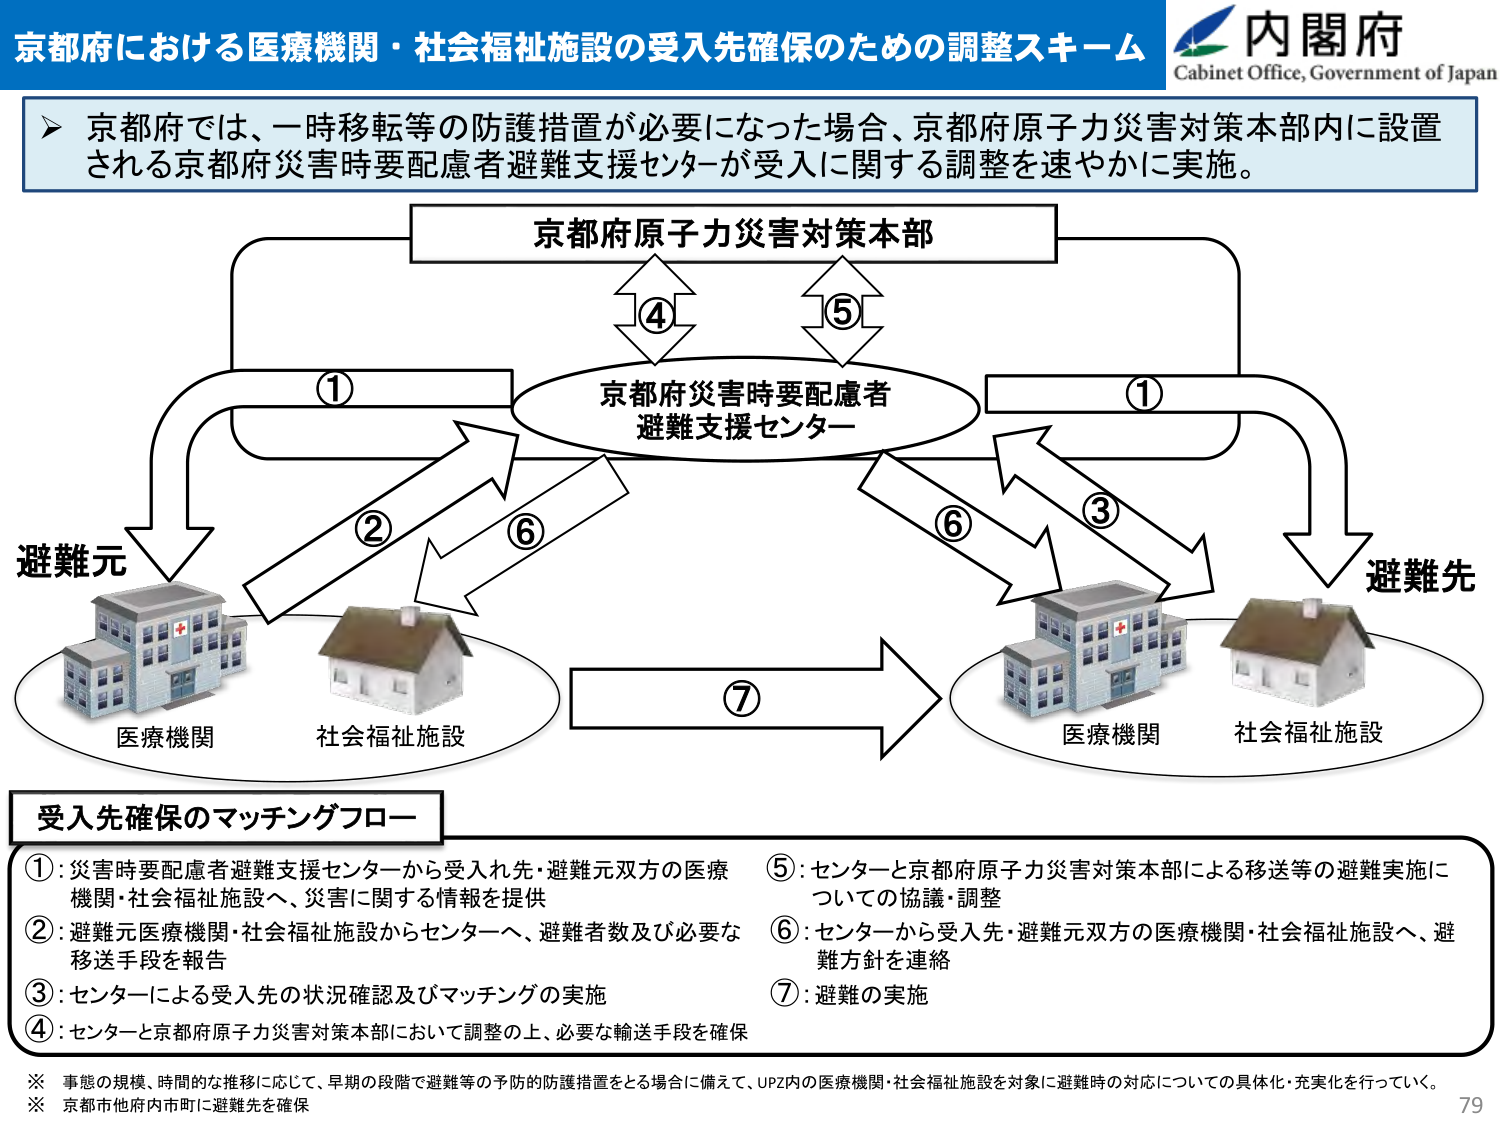
京都府における医療機関・社会福祉施設の受入先確保のための調整スキーム
内閣府
Cabinet Office, Government of Japan

京都府では、一時移転等の防護措置が必要になった場合、京都府原子力災害対策本部内に設置される京都府災害時要配慮者避難支援センターが受入に関する調整を速やかに実施。

京都府原子力災害対策本部
④
⑤
京都府災害時要配慮者
避難支援センター
①
①
②
⑥
③
⑥
避難元
避難先
医療機関
社会福祉施設
⑦
医療機関
社会福祉施設

受入先確保のマッチングフロー
①：災害時要配慮者避難支援センターから受入れ先・避難元双方の医療機関・社会福祉施設へ、災害に関する情報を提供
②：避難元医療機関・社会福祉施設からセンターへ、避難者数及び必要な移送手段を報告
③：センターによる受入先の状況確認及びマッチングの実施
④：センターと京都府原子力災害対策本部において調整の上、必要な輸送手段を確保
⑤：センターと京都府原子力災害対策本部による移送等の避難実施についての協議・調整
⑥：センターから受入先・避難元双方の医療機関・社会福祉施設へ、避難方針を連絡
⑦：避難の実施

※ 事態の規模、時間的な推移に応じて、早期の段階で避難等の予防的防護措置をとる場合に備えて、UPZ内の医療機関・社会福祉施設を対象に避難時の対応についての具体化・充実化を行っていく。
※ 京都市他府内市町に避難先を確保
79